Report on the bubonic plague in Bombay, 1896-1897
Year: 1896
Disease focus: Plague
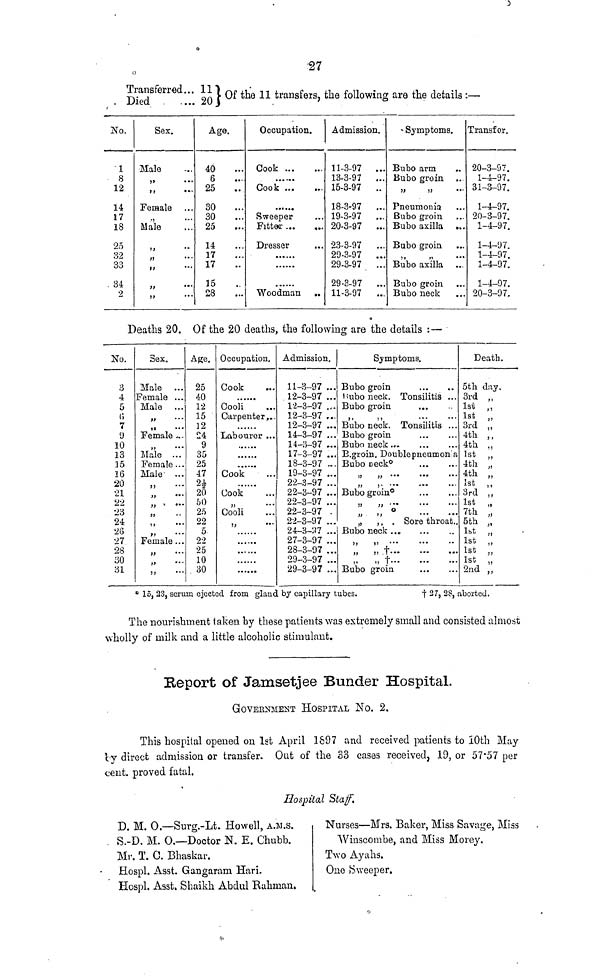
27
Transferred... 11
Died
.... 20
Of the 11 transfers, the following are the details :—
No.
1
8
12
14
17
18
25
32
33
34
2
Sex.
Male ...
" ...
" ...
Female ...
...
Male
...
"
••
" ...
" ...
" ...
,,
...
Age.
40
6
25
30
30
25
14
17
17
15
28
Occupation.
Cook ... ...
......
Cook ... ...
Sweeper
Fitter ... ...
Dresser
......
Woodman
Admission.
11-3-97 ...
13-3-97 ...
15-3-97 ..
18-3-97 ...
19-3-97 ...
20-3-97 ...
23-3-97 ...
29-3-97 ...
29-3-97 ...
29-3-97 ...
11-3-97 ...
Symptoms.
Bubo arm
Bubo groin
" "
Pneumonia
Bubo groin
Bubo axilla ...
Bubo groin
Bubo axilla
Bubo groin
Bubo neck
Transfer.
20-3-97.
1-4-97.
31-3-97.
1-4-97.
20-3-97.
1-4-97.
1-4-97.
1-4-97.
1-4-97.
1-4-97.
20-3-97.
Deaths 20. Of the 20 deaths, the following are the details :—
No.
3
4
5
6
7
9
10
13
15
16
20
21
22
-23
24
26
27
28
30
31
3ex.
Male ...
Female ...
Male ...
" ...
" ...
Female ....
Male ...
Female...
Male ...
" ...
" ...
" ...
" ...
" ...
" ...
Female ...
" ...
" ...
" ...
Age.
25
40
12
15
12
24
9
35
25
47
21/2
20
50
25
22
5
22
25
10
30
Occupation.
Cook ...
......
Cooli ...
Carpenter...
......
Labourer ...
......
......
......
Cook ...
......
Cook
...
" ...
Cooli
" ...
......
......
......
......
Admission.
11-3-97 ...
12-3-97 ...
12-3-97 ...
12-3-97 ...
12-3-97 ...
14-3-97 ...
14-3-97 ...
17-3-97 ...
18-3-97 ...
19-3-97 ...
22-3-97 ...
22-3-97 ...
22-3-97 ...
22-3-97 ...
22-3-97 ...
24-3-37 ...
27-3-97
28-3-97 ...
29-3-97 ...
29-3-97 ...
Symptoms.
Bubo groin
Rubo neck. Tonsilitis ...
Bubo groin
" "
Bubo neck. Tonsilitis ...
Bubo groin
Bubo neck ... ... ...
B.groin. Doublepneumon a
Bubo neck
...
...
...
" " ... ... ...
Bubo groin
...
...
" " ... ...
" " ... ...
„ ,, . Sore throat..
Bubo neck ... ... ...
" " ... ... ...
„
,, † ... ... ...
„
„
†...
...
...
Bubo groin
...
...
Death.
5th day.
3rd „
1st ,,
1st „
3rd „
4th ,,
4th „
1st „
4th „
4th „
ist „
3rd „
1st „
7th „
5th „
1st „
1st „
1st „
1st „
2nd „
* 15, 23, serum ejected from gland by capillary tubes.
†
27, 28, aborted.
The nourishment taken by these patients was extremely small and consisted almost
wholly of milk and a little alcoholic stimulant.
Report of Jamsetjee Bunder Hospital.
GOVERNMENT HOSPITAL NO. 2.
This hospital opened on 1st April 1697 and received patients to 10th May
by direct admission or transfer. Out of the 83 cases received, 19, or 57.57 per
cent, proved fatal.
Hospital Staff.
D. M. O.—Surg.-Lt. Howell, A.M.S.
S.-D. M. O.—Doctor N. E. Chubb.
Mr. T. O. Bhaskar.
Hospl. Asst. Gangaram Hari.
Hospl. Asst. Shaikh Abdul Rahman.
Nurses—Mrs. Baker, Miss Savage, Miss
Winscombe, and Miss Morey.
Two Ayahs.
Ono Sweeper.